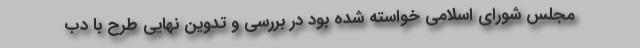
مجلس شورای اسلامی خواسته شده بود در بررسی و تدوین نهایی طرح با دب